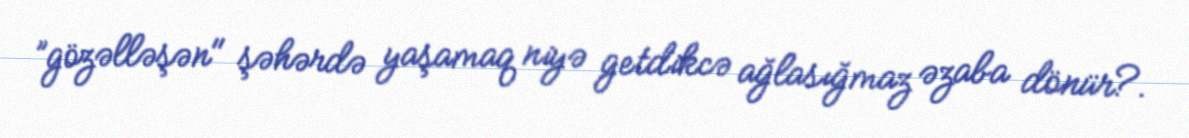
”gözəlləşən" şəhərdə yaşamaq niyə getdikcə ağlasığmaz əzaba dönür?.